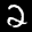
Label: 2